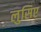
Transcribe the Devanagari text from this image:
लुसिए